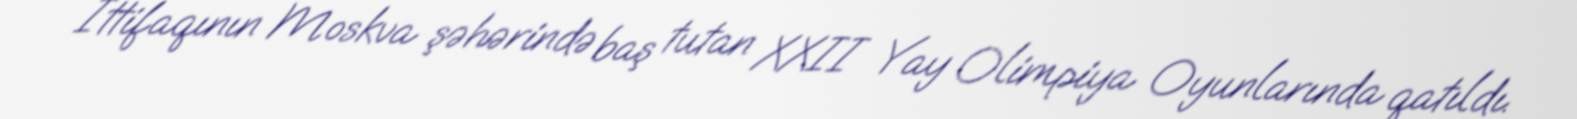
İttifaqının Moskva şəhərində baş tutan XXII Yay Olimpiya Oyunlarında qatıldı.